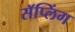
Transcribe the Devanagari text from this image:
सॅप्लिंग